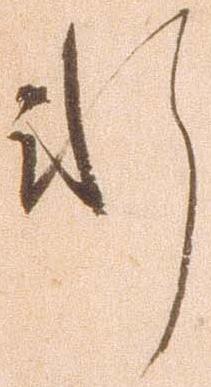
軒